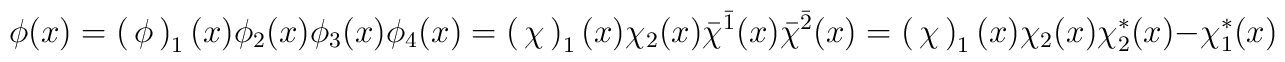
\phi(x)=\begin{pmatrix}\phi_1(x)\\ \phi_2(x)\\ \phi_3(x)\\ \phi_4(x)\end{pmatrix}=\begin{pmatrix}\chi_1(x)\\ \chi_2(x)\\ \bar \chi^{\bar 1}(x)\\ \bar \chi^{\bar 2}(x)\end{pmatrix}=\begin{pmatrix}\chi_1(x)\\ \chi_2(x)\\ \chi_2^*(x)\\ -\chi_1^*(x) \end{pmatrix}